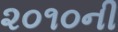
૨૦૧૦ની